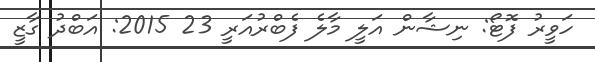
ހަވީރު ފޮޓޯ: ނިޝާން އަލީ މާލެ ފެބްރުއަރީ 23 2015: އަބްދު ގާޒީ